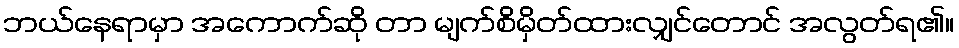
ဘယ်နေရာမှာ အကောက်ဆို တာ မျက်စိမှိတ်ထားလျှင်တောင် အလွတ်ရ၏။